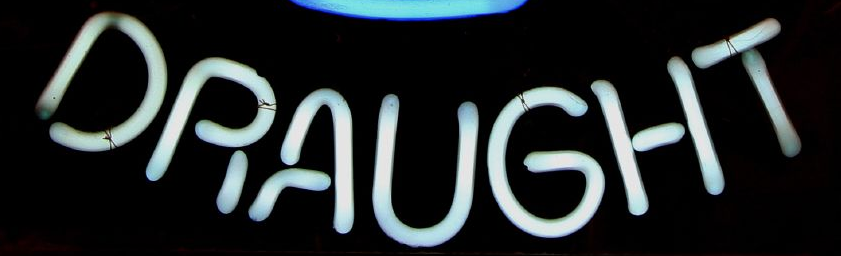
DRAUGHT